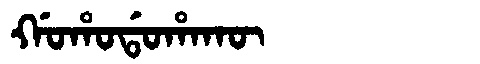
Manchu: ᡤᠣᡥᠣᡩᠣᡥᠠᡴᡡ
Romanization: GOHODOHAKŪ